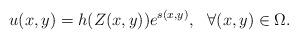
LaTeX: \begin{align*}u(x,y)=h(Z(x,y))e^{s(x,y)}, \ \ \forall (x,y)\in \Omega.\end{align*}